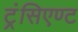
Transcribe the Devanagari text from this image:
ट्रंसिएण्ट